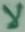
لا